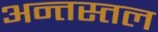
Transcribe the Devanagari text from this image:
अन्तस्तल